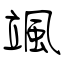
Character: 颯